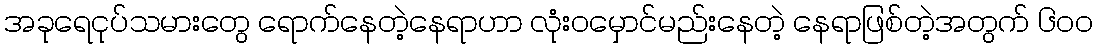
အခုရေငုပ်သမားတွေ ရောက်နေတဲ့နေရာဟာ လုံးဝမှောင်မည်းနေတဲ့ နေရာဖြစ်တဲ့အတွက် ၆၀၀